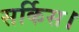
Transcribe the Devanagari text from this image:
सर्किस।